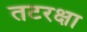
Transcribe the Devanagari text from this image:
तटरक्षा